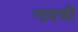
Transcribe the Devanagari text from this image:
नावची